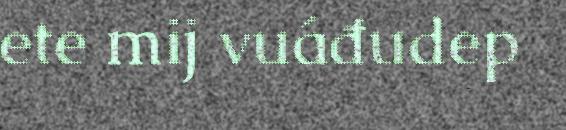
ete mij vuáđudep